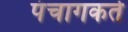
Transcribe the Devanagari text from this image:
पंचागकर्ते